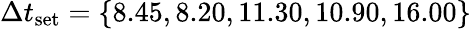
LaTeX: \Delta t_{\textrm{set}}=\{ 8.45,8.20,11.30,10.90,16.00\}